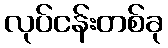
လုပ်ငန်းတစ်ခု